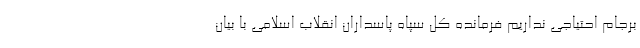
برجام احتیاجی نداریم فرمانده کل سپاه پاسداران انقلاب اسلامی با بیان